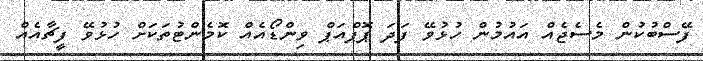
ފޭސްބުކުން މެސެޖެއް އައުމުން ހުޅުވޭ ފަދަ ޕޮޕްއަޕް ވިންޑޯއެއް ކޮމެންޓުތަކަށް ހުޅުވޭ ފީޗާއެއް